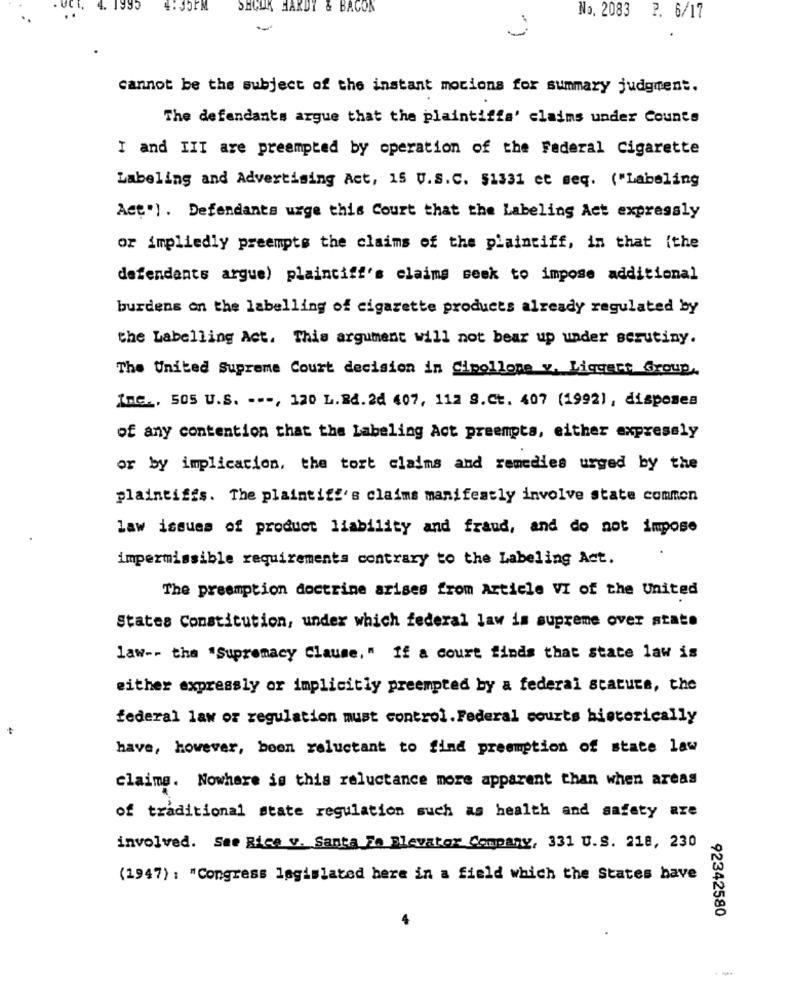
4.
995
SHCOK HARDY & BACON
No. 2083 2. 6/17
cannot be the subject of the instant motions for summary judgment.
The defendants argue that the plaintiffs' claims under Counts
I and III are preempted by operation of the Federal Cigarette
Labeling and Advertising Act, 15 U.S.C. 51331 et seq. ("Labeling
Act") . Defendants urge this Court that the Labeling Act expressly
or impliedly preempts the claims of the plaintiff, in that ithe
defendants argue) plaintiff's claims seek to impose additional
burdens on the labelling of cigarette products already regulated by
the Labelling Act. This argument will not bear up under scrutiny.
The United Supreme Court decision in Cipollone v. Liggert Group,
Inc ., 505 U.S. ---, 120 L.Rd. 2d 407, 112 9.Ct. 407 (1992), disposes
of any contention that the Labeling Act preempts, either expressly
or by implication, the tort claims and remedies urged by the
plaintiffs. The plaintiff's claims manifestly involve state common
law issues of product liability and fraud, and do not impose
impermissible requirements contrary to the Labeling Act.
The preemption doctrine arises from Article VI of the United
States Constitution, under which federal law is supreme over state
law -- the "Supremacy Clause," If a court finds that state law is
either expressly or implicitly preempted by a federal statuts, the
federal law or regulation must control.Federal courts historically
-
have, however, been reluctant to find preemption of state law
claims. Nowhere is this reluctance more apparent than when areas
of traditional state regulation such as health and safety are
involved. See Rice v. Santa Fe Blevator Company, 331 U.S. 218, 230
(1947) : "Congress legislated here in a field which the States have
92342580